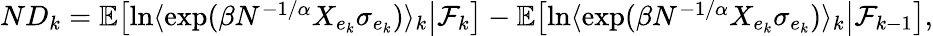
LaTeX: \begin{array}{r}{ND_{k}=\mathbb E\bigl[\ln\langle\exp(\beta N^{-1/\alpha}X_{e_{k}}\sigma_{e_{k}})\rangle_{k}\big|\mathcal F_{k}\bigr]-\mathbb E\bigl[\ln\langle\exp(\beta N^{-1/\alpha}X_{e_{k}}\sigma_{e_{k}})\rangle_{k}\big|\mathcal F_{k-1}\bigr],}\end{array}